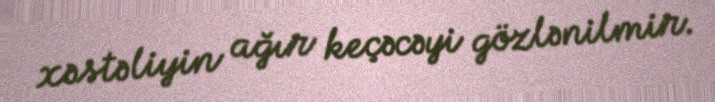
xəstəliyin ağır keçəcəyi gözlənilmir.